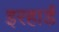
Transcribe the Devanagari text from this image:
इरहार्ड